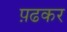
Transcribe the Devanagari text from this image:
प़ढकर